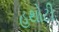
હથોટી